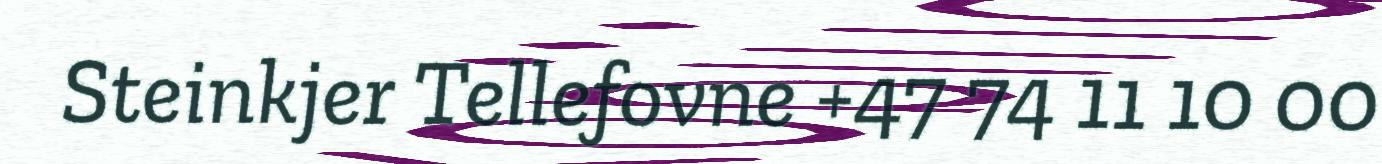
Steinkjer Tellefovne +47 74 11 10 00